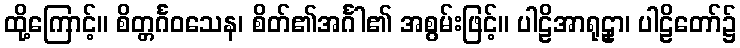
ထို့ကြောင့်။ စိတ္တင်္ဂဝသေန၊ စိတ်၏အင်္ဂါ၏ အစွမ်းဖြင့်။ ပါဠိအာရုဠှာ၊ ပါဠိတော်၌